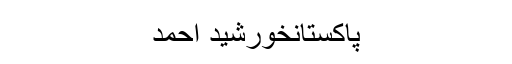
پاکستانخورشید احمد